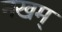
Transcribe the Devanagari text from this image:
नखम्